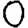
Digit: 0